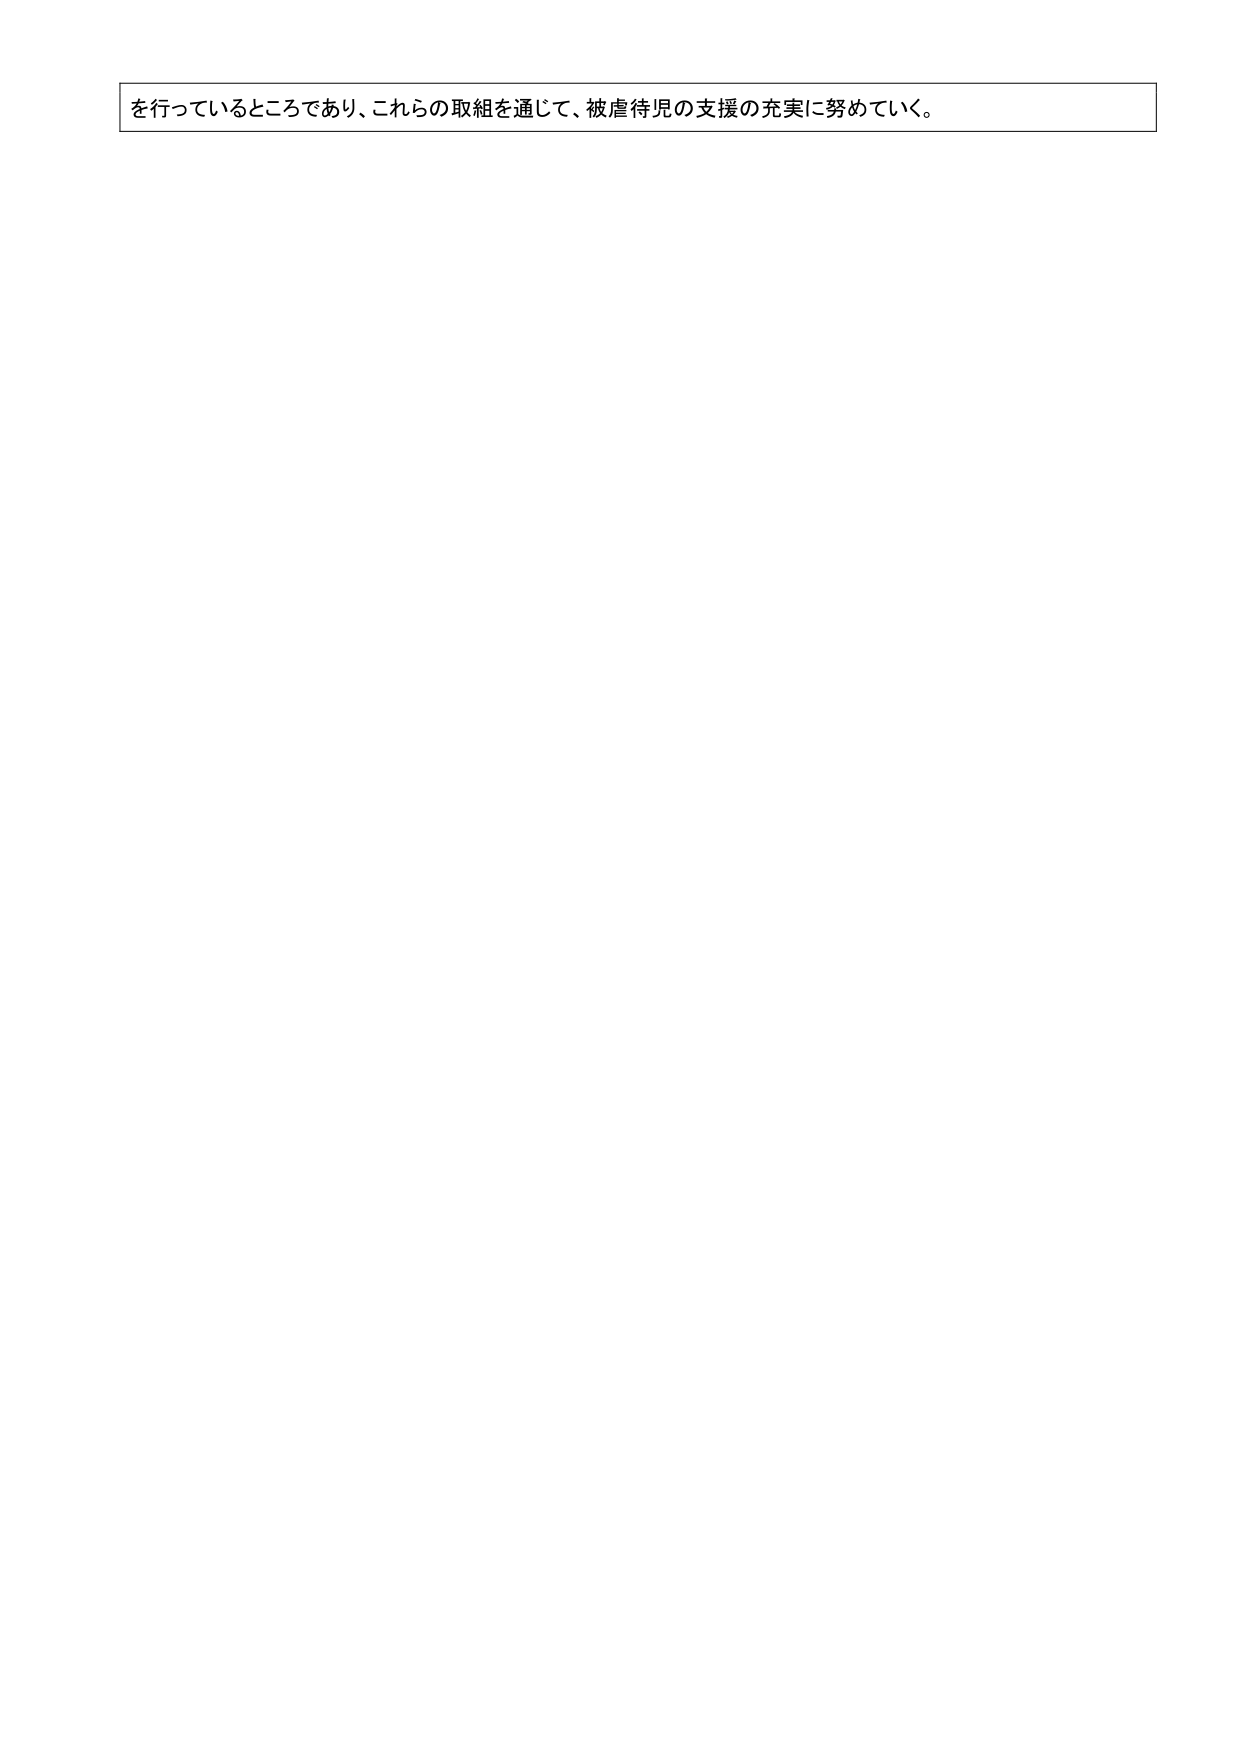
を行っているところであり、これらの取組を通じて、被虐待児の支援の充実に努めていく。